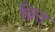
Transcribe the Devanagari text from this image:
ब्रित